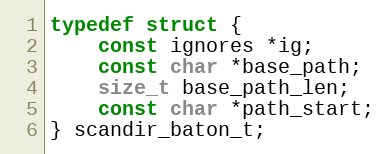
Language: C
typedef struct {
    const ignores *ig;
    const char *base_path;
    size_t base_path_len;
    const char *path_start;
} scandir_baton_t;